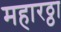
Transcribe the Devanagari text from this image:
महारठ्ठा